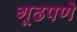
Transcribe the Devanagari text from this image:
गूढपणे